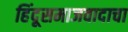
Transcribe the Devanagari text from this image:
हिंदूसमाजवादाचा